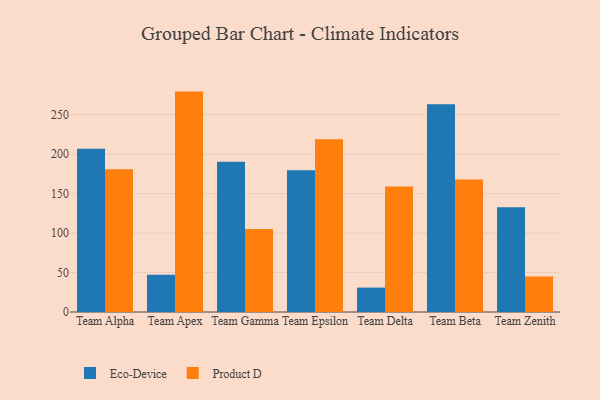
{"axis": {"x": "Team", "y": "Inventory Turnover"}, "legend": ["Eco-Device", "Product D"], "data": [{"x": "Team Alpha", "y": 206.7, "type": "Eco-Device"}, {"x": "Team Alpha", "y": 180.7, "type": "Product D"}, {"x": "Team Apex", "y": 47.2, "type": "Eco-Device"}, {"x": "Team Apex", "y": 279.1, "type": "Product D"}, {"x": "Team Gamma", "y": 190.2, "type": "Eco-Device"}, {"x": "Team Gamma", "y": 105.1, "type": "Product D"}, {"x": "Team Epsilon", "y": 179.5, "type": "Eco-Device"}, {"x": "Team Epsilon", "y": 218.7, "type": "Product D"}, {"x": "Team Delta", "y": 30.9, "type": "Eco-Device"}, {"x": "Team Delta", "y": 159.0, "type": "Product D"}, {"x": "Team Beta", "y": 263.0, "type": "Eco-Device"}, {"x": "Team Beta", "y": 167.8, "type": "Product D"}, {"x": "Team Zenith", "y": 132.5, "type": "Eco-Device"}, {"x": "Team Zenith", "y": 45.0, "type": "Product D"}]}